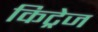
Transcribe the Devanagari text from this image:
किट्रेज